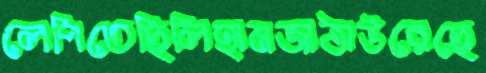
লেপিতেছিলিহামজাঠাউরেছে